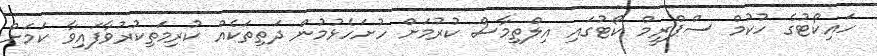
ހައިކޯޓުގެ ހުކުމް ސްޕްރީމް ކޯޓުގައި އިލްތިމާސް ކުރުމަށް ހުށަހެޅުމުން ދަތިތަކެއް ކުރިމަތިކުރުވާފައިވާ ކަމަށް